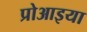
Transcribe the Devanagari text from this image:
प्रोआइया